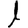
Digit: 1